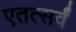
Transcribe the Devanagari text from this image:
एतत्सर्वं